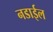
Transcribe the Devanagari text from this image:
नडाईल